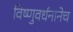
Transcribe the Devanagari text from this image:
विष्णुवर्धनानेच